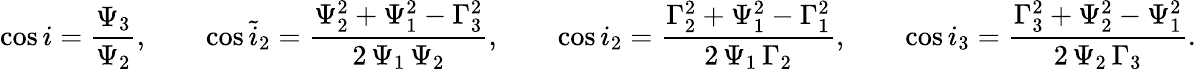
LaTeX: \cos i=\frac{\Psi_{3}}{\Psi_{2}},\qquad\cos\tilde{i}_{2}=\frac{\Psi_{2}^{2}+\Psi_{1}^{2}-\Gamma_{3}^{2}}{2\, \Psi_{1}\, \Psi_{2}},\qquad\cos i_{2}=\frac{\Gamma_{2}^{2}+\Psi_{1}^{2}-\Gamma_{1}^{2}}{2\, \Psi_{1}\, \Gamma_{2}},\qquad\cos i_{3}=\frac{\Gamma_{3}^{2}+\Psi_{2}^{2}-\Psi_{1}^{2}}{2\, \Psi_{2}\, \Gamma_{3}}.